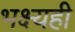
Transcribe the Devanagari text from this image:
भक्ष्यही